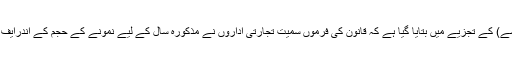
سال 2017 کے ایف او آئی اے کے میپر (نقشے) کے تجزیے میں بتایا گیا ہے کہ قانون کی فرموں سمیت تجارتی اداروں نے مذکورہ سال کے لیے نمونے کے حجم کے اندرایف او آئی اے کی سب زیادہ درخواستیں داخل کیں۔